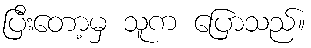
ပြီးတော့မှ သူက ပြောသည်။